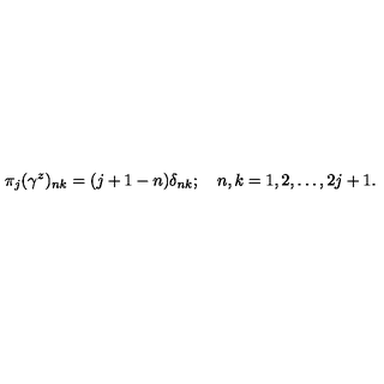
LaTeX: \pi _ { j } ( \gamma ^ { z } ) _ { n k } = ( j + 1 - n ) \delta _ { n k } ; \quad n , k = 1 , 2 , \ldots , 2 j + 1 .